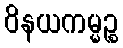
ဝိနယကမ္မဉ္စ